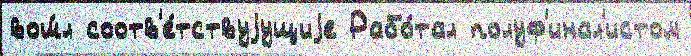
вош́л соотв'е́тствуjущиjе Рабо́тал полуф'инал'истом